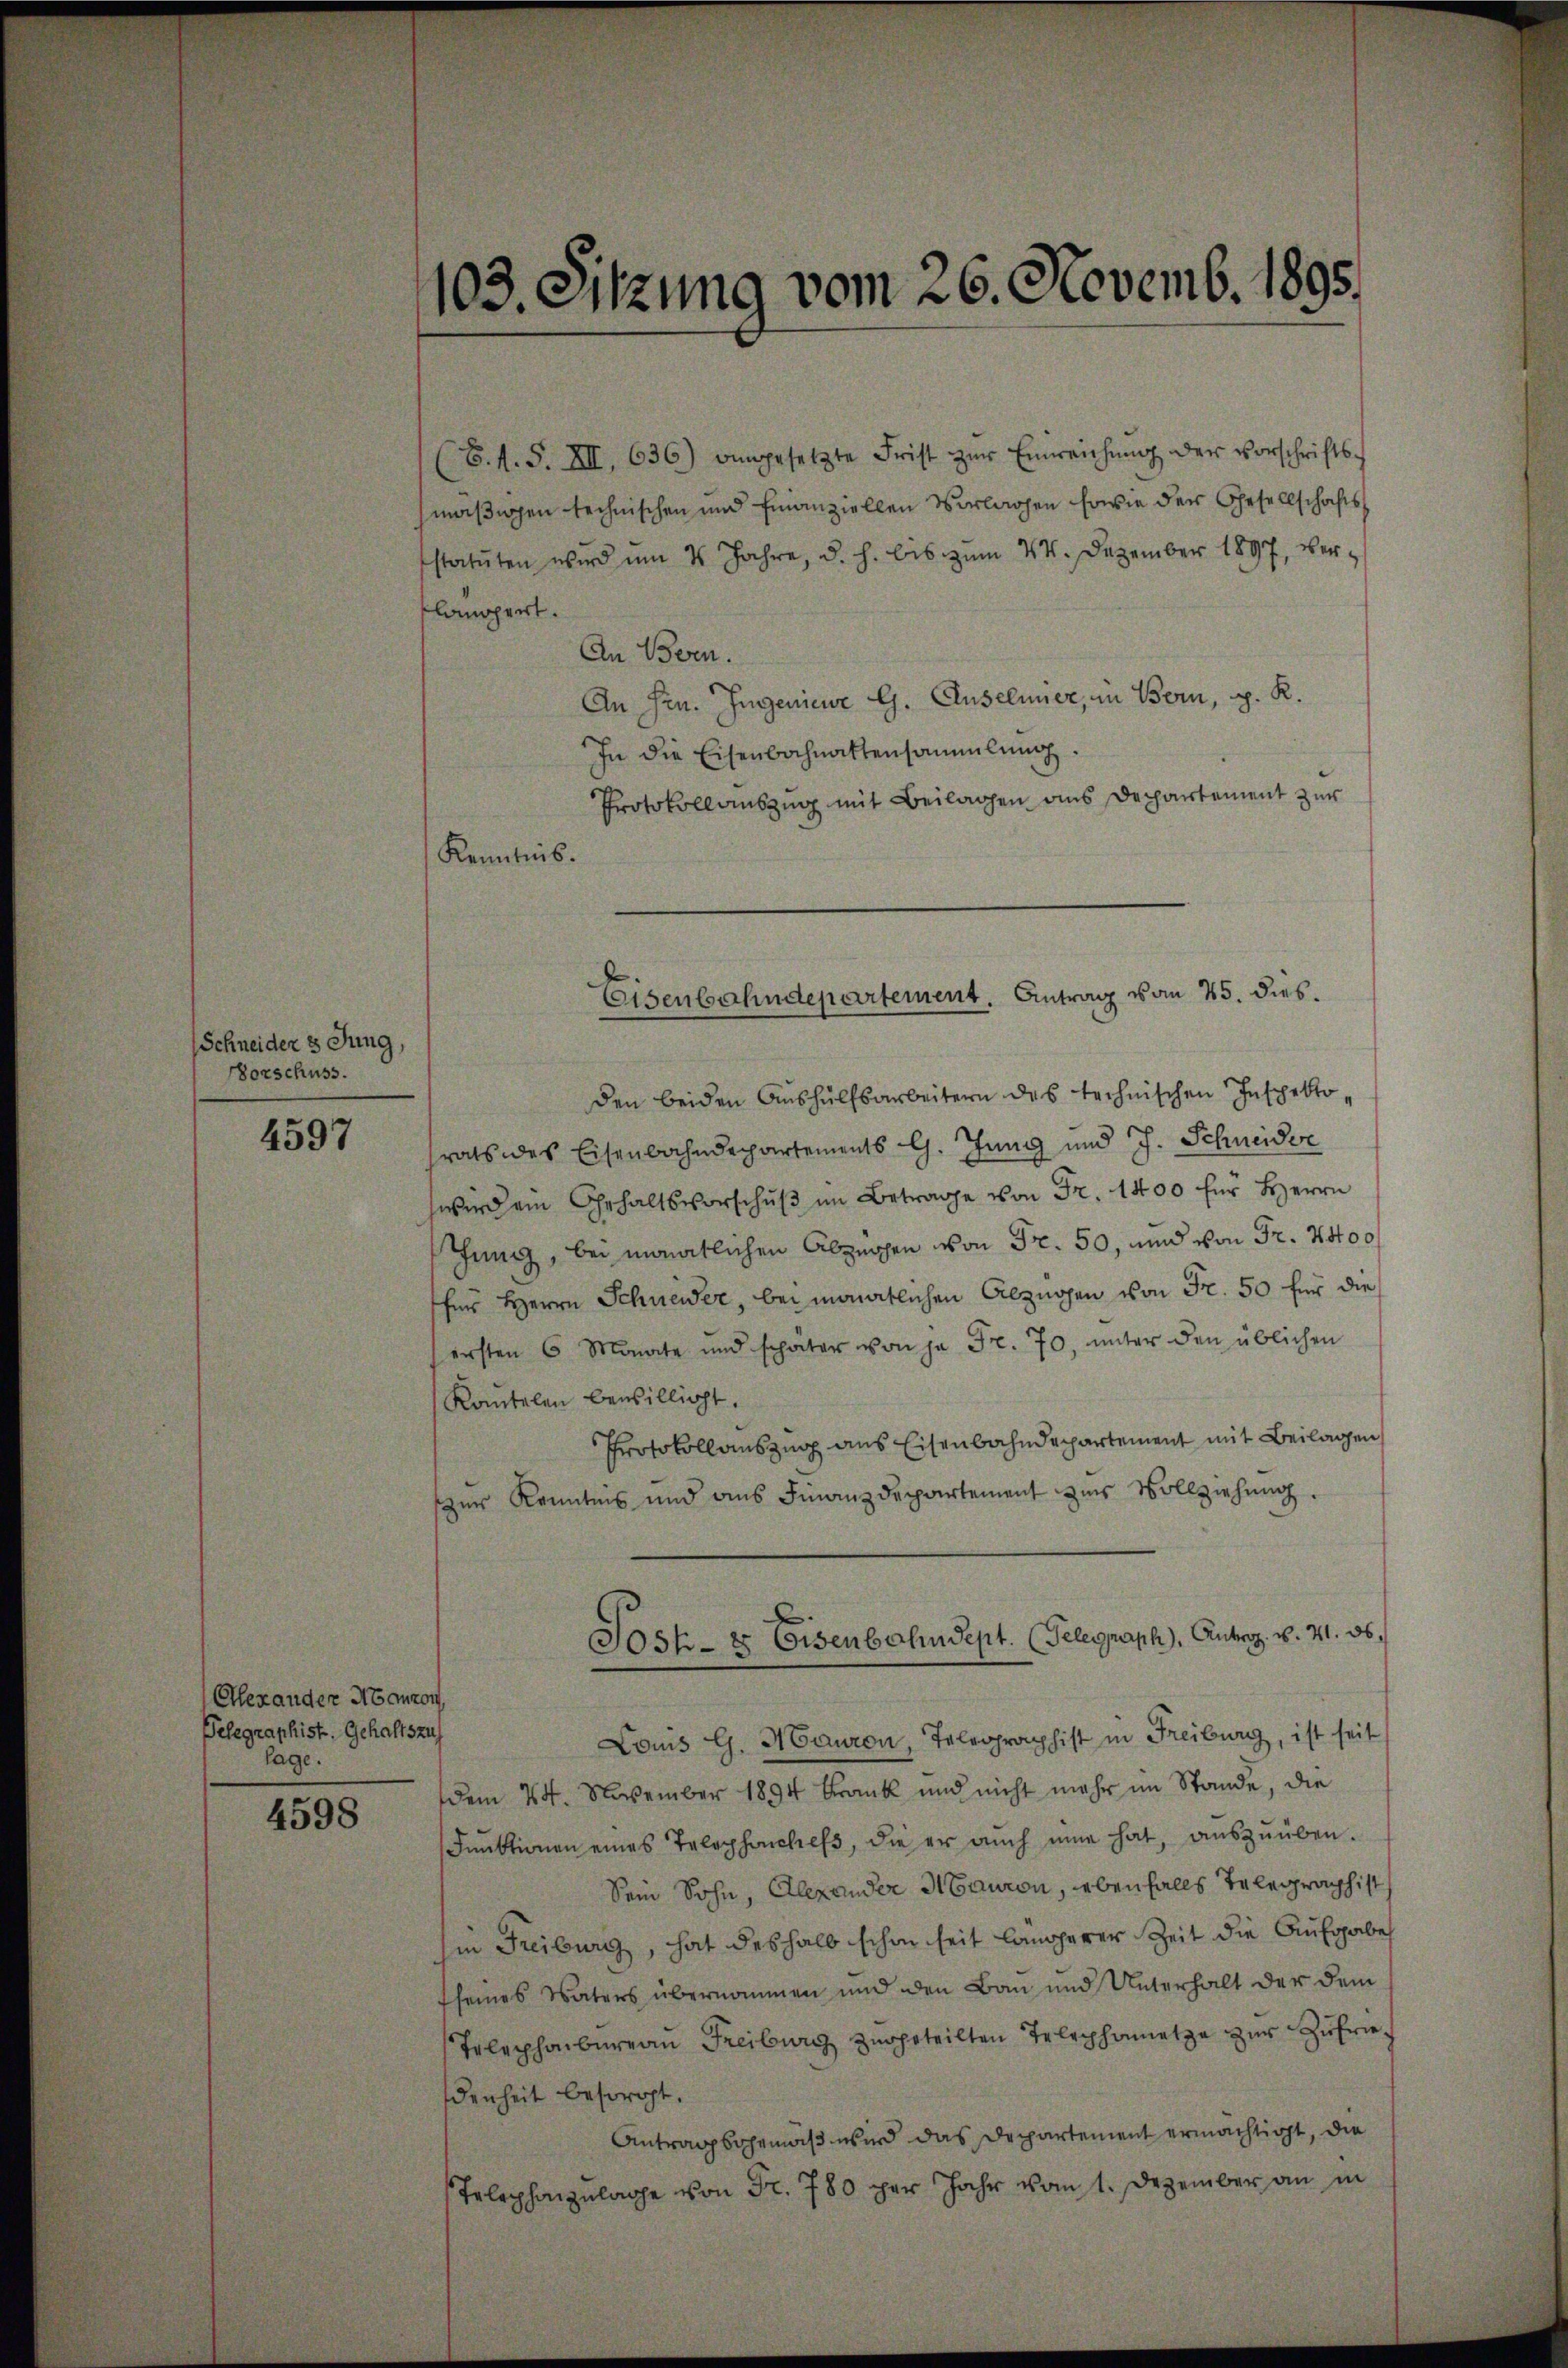
Schneider 3 Jung,
Vorschuss.

4597

Elexander Manzon,
elegraphist. Gehaltszus
lage.

4598

103. Sitzung vom 26. Novemb. 1895.

(B.N. S. XII, 636) angesetzte Frist zŭr Einreichung der Vorschriftsmäßigen technischen und Finanziellen Vorlagen sowie der Gesellschafts
statuten wird um 4 Jahre, d. h. bis zŭm 24. Dezember 1897, ver-
klängert.
An Bern.
An Hrn. Ingenieure G. Anselmier, in Bern, p. K.
In die Eisenbachnattensammlung.
Protokollauszug mit Beilagen aus Departement zur
Kenntnis.
den beiden Aushülfsarbeitern des technischen Inspektorats des Eisenbahndepartements l. Jung und J. Schneider
wird ein Gehaltsvorschŭβ im Betrage von Fr. 1400 für Herrn
chung, bei monatlichen Abzuggen von Fr. 50, und von Fr. 4400
his Herrn Schneider, bei monatlichen Abzügen von Fr. 50 für die
ersten 6 Monate und schater von ja Fr. 70, ŭnter den üblichen
Kantelen bewilligt.
Protokollauszug aus Eisenbahndepartement mit Beilagen
zur Kenntnis und aus Finanzdepartement zur Vollziehung.
Sost- & Eisenbahndept. (Telegraph, Antrag. v. 41. 36.
Louis G. Mauron, Telegraphist in Freiburg, ist seit
dem 24. November 1894 krank und nicht mehr im Stande, die
Innktionen eines Telephanchefs, die er aŭch eine hat, aŭszŭüben.
Sein Sohn, Alexander Mauren, ebenfalls Telegraphist
in Freiburg, hat deshalb schon seit längerer Zeit die Aufgabe
seines Vaters übernommen und den Bau und Unterhalt der dem
Telephonbureau Freiburg zugeteilten Telephonnetze zur Zufriedenheit besorgt.
Antragsgemäß wird das Departement ermächtigt, die
Telephonzulage von Fr. 780 per Jahr vom 1. Dezember an in

Eisenbahndepartement. Antrag vom 25. dies